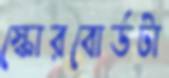
স্কোরবোর্ডটা